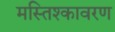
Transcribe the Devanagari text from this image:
मस्तिश्कावरण